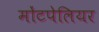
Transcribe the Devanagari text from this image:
मोंटपेलियर